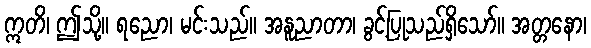
ဣတိ၊ ဤသို့။ ရညော၊ မင်းသည်။ အနူညာတာ၊ ခွင့်ပြုသည်ရှိသော်။ အတ္တနော၊